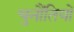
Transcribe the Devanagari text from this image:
चुनौंतियों